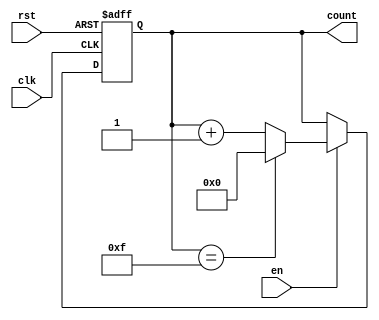
module MemoryBlocksBinaryCounter #(
    parameter WIDTH = 4,           // Number of bits for the counter
    parameter INITIAL_VALUE = 0,   // Initial value of the counter
    parameter MAX_COUNT = (1 << WIDTH) - 1 // Maximum count value
)(
    input wire clk,                // Clock signal
    input wire rst,                // Reset signal (asynchronous)
    input wire en,                 // Enable signal
    output reg [WIDTH-1:0] count   // Current count value
);

// Always block triggered on the rising edge of the clock or reset
always @(posedge clk or posedge rst) begin
    if (rst) begin
        // Asynchronous reset to initial value
        count <= INITIAL_VALUE;
    end else if (en) begin
        // Increment the counter when enabled
        if (count == MAX_COUNT) begin
            count <= INITIAL_VALUE; // Roll over to initial value
        end else begin
            count <= count + 1;      // Increment counter
        end
    end
end

endmodule